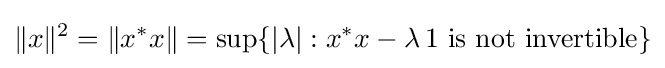
\|x\|^{2}=\|x^{*}x\|=\sup\{|\lambda |:x^{*}x-\lambda \,1{\text{ is not invertible}}\}